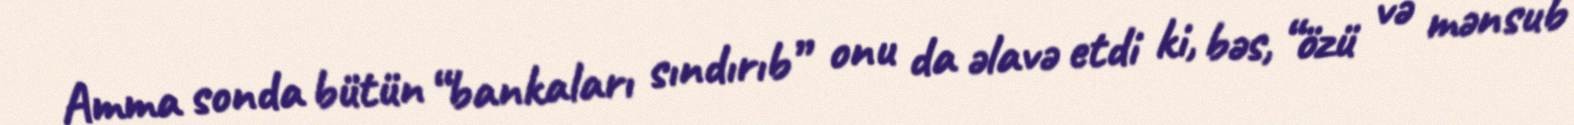
Amma sonda bütün “bankaları sındırıb” onu da əlavə etdi ki, bəs, “özü və mənsub